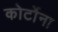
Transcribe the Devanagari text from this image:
कोर्टोना